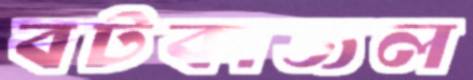
বটকাজল